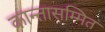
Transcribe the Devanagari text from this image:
कान्तासम्मित